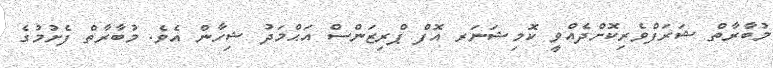
މުބާރާތް ޝަރަފްވެރިކޮށްދެއްވީ ކޮމިޝަނަރ އޮފް ޕްރިޒަންސް އަޙްމަދު ޝިހާން އެވެ. މުބާރާތް ފެށުމުގެ